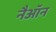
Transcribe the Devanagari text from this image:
नैऑन